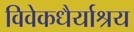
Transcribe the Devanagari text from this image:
विवेकधैर्याश्रय